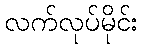
လက်လုပ်မိုင်း